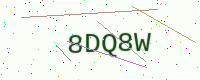
Text: 8DQ8W